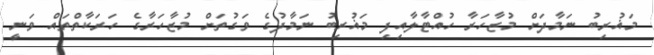
މަޣުރިބު ނަމާދަށް މުޒާހަރާ ހުއްޓާލާއިފި މަޣުރިބު ނަމާދުގެ ވަގުތަށް މުޒާހަރާގެ ހަރަކާތްތައް ވަނީ